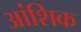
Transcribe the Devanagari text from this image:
अांशिक